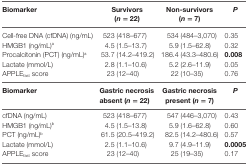
<table><thead><tr><td><b>Biomarker</b></td><td><b>Survivors (<i>n</i> = 22)</b></td><td><b>Non-survivors (<i>n</i> = 7)</b></td><td><b><i>P</i></b></td></tr></thead><tbody><tr><td>Cell-free DNA (cfDNA) (ng/mL)</td><td>523 (418–677)</td><td>534 (484–3,070)</td><td>0.35</td></tr><tr><td>HMGB1 (ng/mL)<sup>a</sup></td><td>4.5 (1.5–13.7)</td><td>5.9 (1.5–62.8)</td><td>0.32</td></tr><tr><td>Procalcitonin (PCT) (ng/mL)<sup>a</sup></td><td>53.7 (14.2–419.2)</td><td>186.4 (43.3–480.6)</td><td><b>0.008</b></td></tr><tr><td>Lactate (mmol/L)</td><td>2.8 (1.1–10.6)</td><td>5.2 (2.6–11.9)</td><td>0.05</td></tr><tr><td>APPLE<sub>fast</sub> score</td><td>23 (12–40)</td><td>22 (10–35)</td><td>0.76</td></tr><tr><td><b>Biomarker</b></td><td><b>Gastric necrosis absent (<i>n</i> = 22)</b></td><td><b>Gastric necrosis present (<i>n</i> = 7)</b></td><td><b><i>P</i></b></td></tr><tr><td>cfDNA (ng/mL)</td><td>523 (418–677)</td><td>547 (446–3,070)</td><td>0.43</td></tr><tr><td>HMGB1 (ng/mL)<sup>b</sup></td><td>4.5 (1.5–13.8)</td><td>5.9 (1.6–62.8)</td><td>0.60</td></tr><tr><td>PCT (ng/mL)<sup>b</sup></td><td>61.5 (20.5–419.2)</td><td>82.5 (14.2–480.6)</td><td>0.57</td></tr><tr><td>Lactate (mmol/L)</td><td>2.5 (1.1–10.6)</td><td>9.7 (4.9–11.9)</td><td><b>0.0005</b></td></tr><tr><td>APPLE<sub>fast</sub> score</td><td>23 (12–40)</td><td>25 (19–35)</td><td>0.17</td></tr></tbody></table>